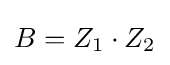
B=Z_{1}\cdot Z_{2}